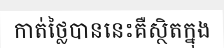
កាត់ថ្លៃបាននេះគឺស្ថិតក្នុង